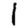
Digit: 1